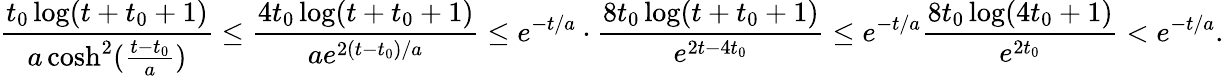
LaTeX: \frac{t_{0}\log(t+t_{0}+1)}{a\cosh^{2}(\frac{t-t_{0}}{a})}\le\frac{4t_{0}\log(t+t_{0}+1)}{ae^{2(t-t_{0})/a}}\le e^{-t/a}\cdot\frac{8t_{0}\log(t+t_{0}+1)}{e^{2t-4t_{0}}}\le e^{-t/a}\frac{8t_{0}\log(4t_{0}+1)}{e^{2t_{0}}}<e^{-t/a}.